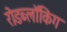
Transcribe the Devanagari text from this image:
रोडब्लॉकिंग